Source: Handwritten
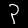
Digit: ၃ (3)